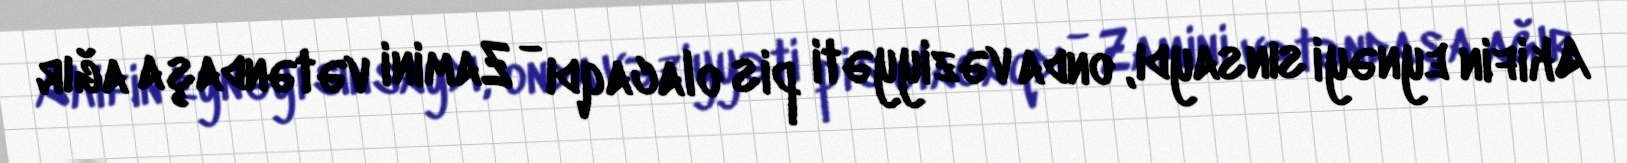
Akifin eynəyi sınsaydı, onda vəziyyəti pis olacaqdı - Zamini vətəndaşa ağır